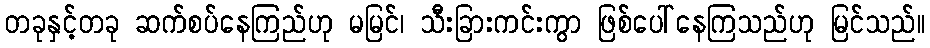
တခုနှင့်တခု ဆက်စပ်နေကြည်ဟု မမြင်၊ သီးခြားကင်းကွာ ဖြစ်ပေါ်နေကြသည်ဟု မြင်သည်။